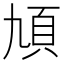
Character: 頄